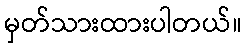
မှတ်သားထားပါတယ်။